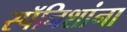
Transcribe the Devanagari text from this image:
स्पॅनिशांना